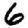
Digit: 6